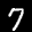
Label: 7